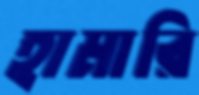
হামারি